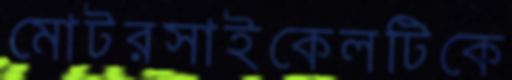
মোটরসাইকেলটিকে